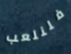
فلنلعب